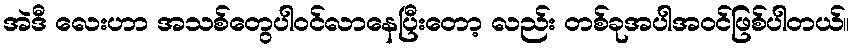
အဲဒီ လေးဟာ အသစ်တွေပါဝင်လာနေပြီးတော့ လည်း တစ်ခုအပါအဝင်ဖြစ်ပါတယ်။